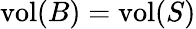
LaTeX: \mathrm{vol}(B)=\mathrm{vol}(S)